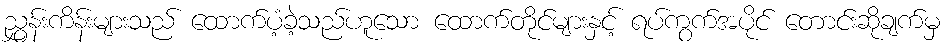
ညွှန်းကိန်းများသည် ထောက်ပံ့ခဲ့သည်ဟူသော ထောက်တိုင်များနှင့် ရပ်ကွက်အပိုင် တောင်းဆိုချက်မှ